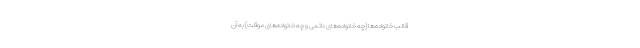
قالب خانواده‌ها (چه خانواده‌های دائمی و چه خانواده‌های موقت) به آن